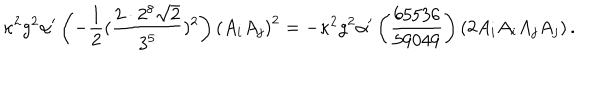
LaTeX: \kappa ^ { 2 } g ^ { 2 } \alpha ^ { \prime } \left( - \frac { 1 } { 2 } ( \frac { 2 \cdot 2 ^ { 8 } \sqrt { 2 } } { 3 ^ { 5 } } ) ^ { 2 } \right) \left( A _ { i } A _ { j } \right) ^ { 2 } = - \kappa ^ { 2 } g ^ { 2 } \alpha ^ { \prime } \left( \frac { 6 5 5 3 6 } { 5 9 0 4 9 } \right) \left( 2 A _ { i } A _ { i } A _ { j } A _ { j } \right) .